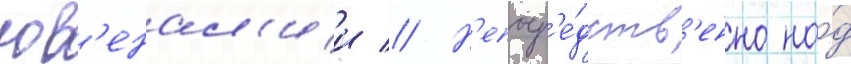
юв'енал'ии // Н'епоср'е́дств'енно на́д